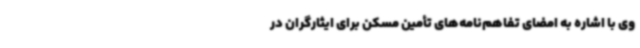
وی با اشاره به امضای تفاهم‌نامه‌های تأمین مسکن برای ایثارگران در